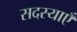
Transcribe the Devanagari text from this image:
सदस्याएँ